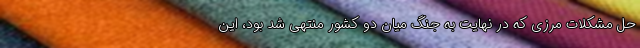
حل مشکلات مرزی که در نهایت به جنگ میان دو کشور منتهی شد بود، این